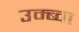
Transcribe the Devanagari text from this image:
उम्ब्वा